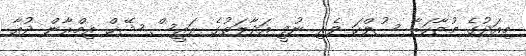
މިއަދުގެ މުޒާހަރާ ސުލްހަ ވެރި ނުވީ އަދާލަތުގެ ރައީސް ޝޭޚް އިމްރާން ދުއާ